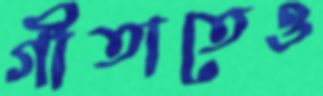
গীতাতেও